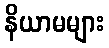
နိယာမများ